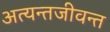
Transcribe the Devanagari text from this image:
अत्यन्तजीवन्त